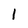
Character: 1